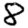
Digit: 8